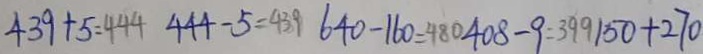
4 3 9 + 5 = 4 4 4 4 4 4 - 5 = 4 3 9 6 4 0 - 1 6 0 = 4 8 0 4 0 8 - 9 = 3 9 9 1 5 0 + 2 7 0